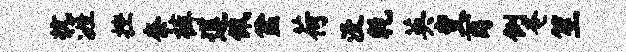
抗涯挫奈裤莲佩盆荷没乾英变酉例奄笙